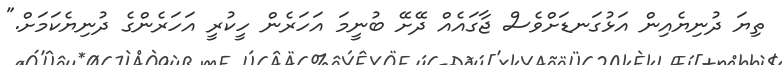
ތިޔަ ދުނިޔެއިން އަޅުގަނޑަށްވެސް ޖާގައެއް ދޭށޭ ބުނީމަ އަހަރެން ހީކުރީ އަހަރެންގެ ދުނިޔެކަމަށް."